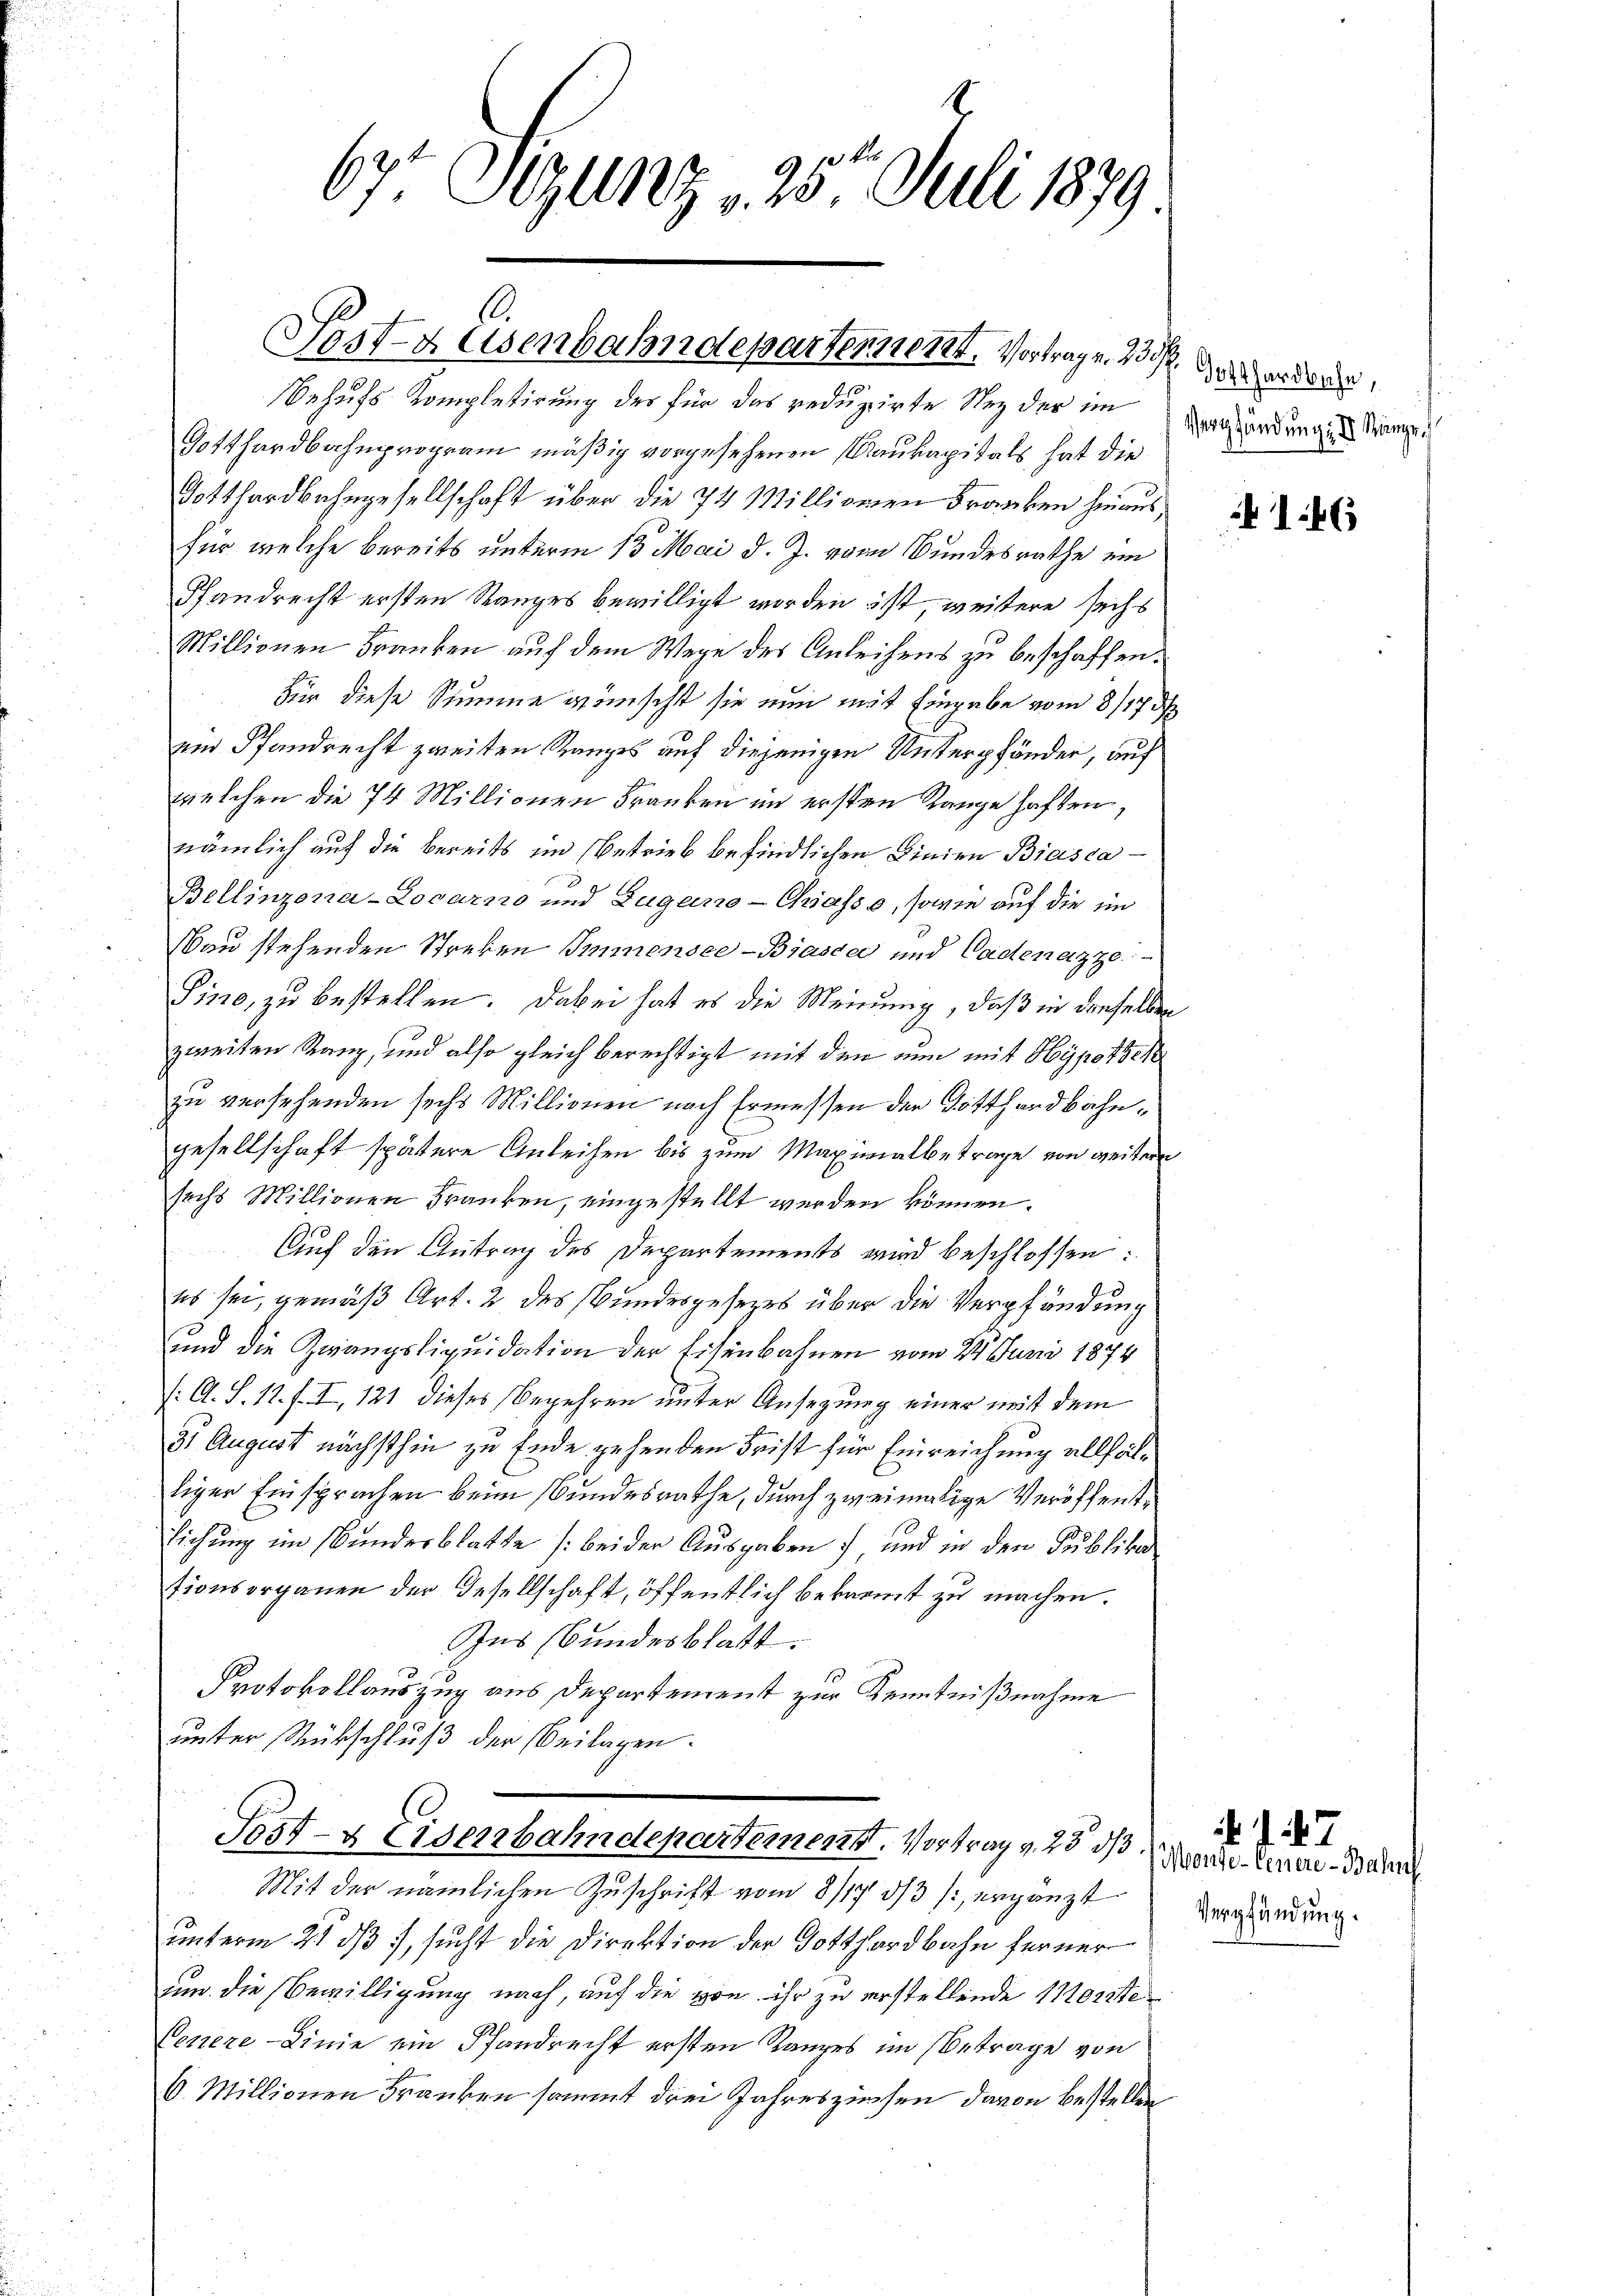
67 Sezung 25t Juli 1879

Behufs Kompletirung des für das reduzirte Sey der im
Gotthardbahnprogram mäßig vorgesehenen Maukapitals hat die
Gotthardbahngesellschaft über die 74 Millionen Franken hinan
für welche bereits unterm 13. Mai d. J. vom Bundesrathe ein
Pfandrecht ersten Ranges bewilligt worden ist, weitere sechs
Millionen Franken auf dem Wege des Anleihens zu beschaffen
Für diese Summe wünscht sie nun mit Eingabe vom 8/17.
ei Pfandrecht zweiten Ranges auf diejenigen Unterpfänder, auf
welchen die 74 Millionen Franken im ersten Range haften,
nämlich auf die bereits im Betrieb befindlichen Linien Biasca¬
Bellinzona-Locarno und Zugano-Chiasso, sowie auf die im
Nau stehenden Streken Innensee-Biasca und Cadenazze
Sine, zu bestellen. Dabei hat es die Meinung, daß in dieselb
A.
zweiten Rang, und also gleich berechtigt mit den nun mit Hypother
zu versehenden sechs Millionen nach Ermessen der Gotthardbahngesellschaft spätere Anleihen bis zum Maximalbetrage von weiter
sechs Millionen Franken, eingestellt werden können.
Auf den Antrag des Departements wird beschlossen:
es sei, gemäß Art. 2 des Bundesgesezes über die Verpfändung
und die Zwangsliquidation der Eisenbahnen vom 22. Juni 1874
f: A. S. 11. f. I, 121 dieses Begehren unter Ansezung einer mit dem
31 August nächsthin zu Ende gehenden Frist für Einreichung allfältiger Einsprachen beim Bundesrathe, durch zweimalige Veröffent¬
Eichung im Bundesblatte (bei der Ausgaben, und in den Publika
tionsorganen der Gesellschaft, öffentlich bekannt zu machen.
Ins Bundesblatt.
Protokollauszug aus Departement zur Kenntnißnahme
unter Rückschluß der Beilagen.
Post- & Eisenbahndepartement. Vortrag v. 25 d
Mit der nämlichen Zuschrift vom 8/173/3 / ergänzt
unterm 21 dß 7, sucht die Direktion der Gotthardbahn ferner
uum die Bewilligung nach, auf die von ihr zu erstellende Morite
Venere Linie ein Pfandrecht ersten Ranzes im Betrage von
6. Millionen Franken sammt drei Jahreszinsen davon bestellen

.
Posta Asenbahndepartennott, Vortragen. 20. Morden,

Verpfändung, II. Sänge

146

Verpfündung.

17
Monde-Genere Bahn